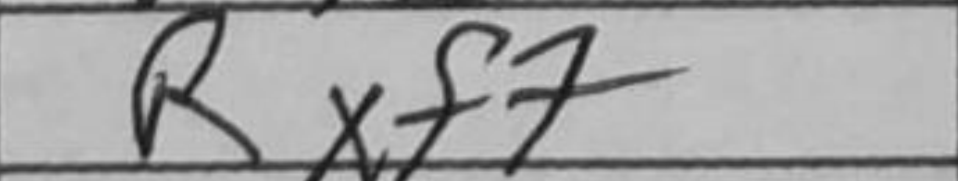
Transcription: Rxf7